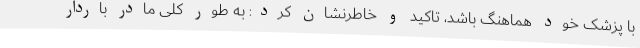
با پزشک خود هماهنگ باشد، تاکید و خاطرنشان کرد: به طور کلی مادر باردار